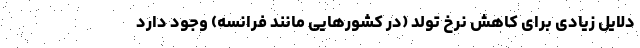
دلایل زیادی برای کاهش نرخ تولد (در کشورهایی مانند فرانسه) وجود دارد